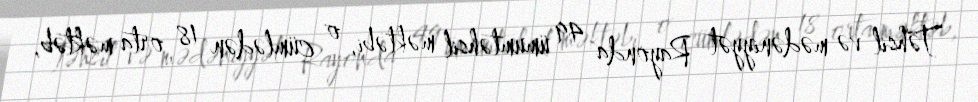
Təhsil və mədəniyyət Rayonda 49 ümumtəhsil məktəbi, o cümlədən 18 orta məktəb,